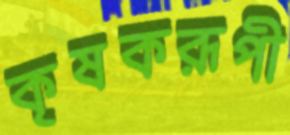
কৃষকরূপী